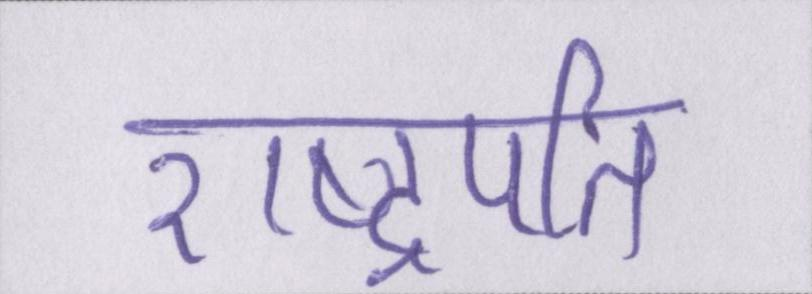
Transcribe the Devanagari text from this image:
राष्ट्रपति